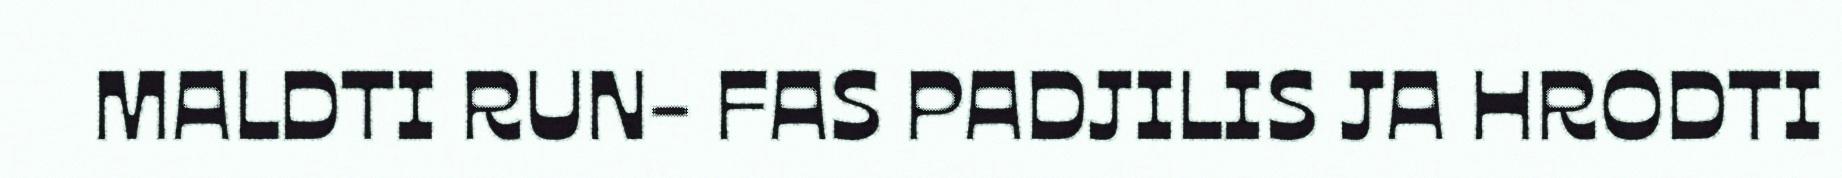
MALDTI RUN- FAS PADJILIS JA HRODTI